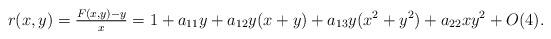
LaTeX: \begin{align*}r(x,y)=\tfrac{F(x,y)-y}{x}=1+a_{11}y+a_{12}y(x+y)+a_{13}y(x^2+y^2)+a_{22}xy^2+O(4).\end{align*}